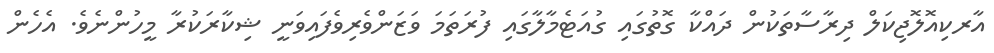
އާރކިއޮލޮޖިކަލް ދިރާސާތަކުން ދައްކާ ގޮތުގައި ގުއަޓެމާލާގައި ފުރަތަމަ ވަޒަންވެރިވެފައިވަނީ ޝިކާރަކުރާ މީހުންނެވެ. އެހެން